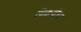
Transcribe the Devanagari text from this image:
चिक्कवीरा